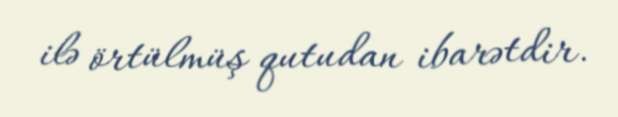
ilə örtülmüş qutudan ibarətdir.